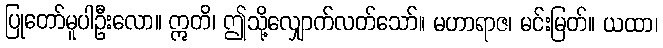
ပြုတော်မူပါဦးလော။ ဣတိ၊ ဤသို့လျှောက်လတ်သော်။ မဟာရာဇ၊ မင်းမြတ်။ ယထာ၊